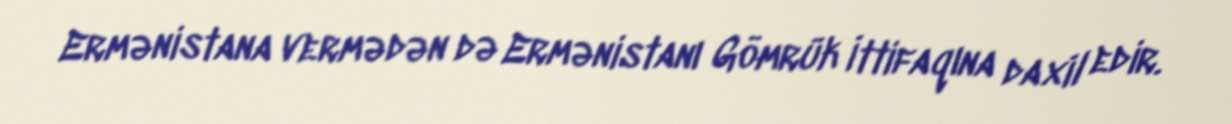
Ermənistana vermədən də Ermənistanı Gömrük İttifaqına daxil edir.